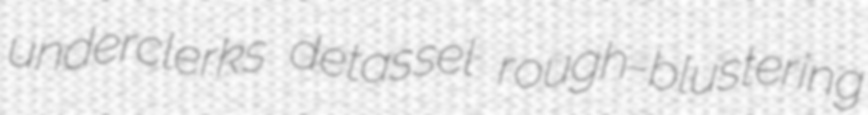
underclerks detassel rough-blustering